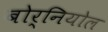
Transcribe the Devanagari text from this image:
बोर्नियोल